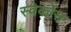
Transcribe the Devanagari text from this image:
स्वेर्कोस